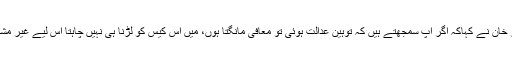
وفاقی وزیر غلام سرور خان نے کہاکہ اگر آپ سمجھتے ہیں کہ توہین عدالت ہوئی تو معافی مانگتا ہوں، میں اس کیس کو لڑنا ہی نہیں چاہتا اس لیے غیر مشروط معافی مانگتا ہوں۔